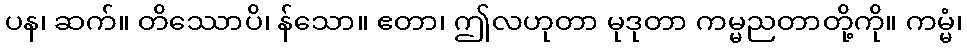
ပန၊ ဆက်။ တိဿောပိ၊ န်သော။ ဧတာ၊ ဤလဟုတာ မုဒုတာ ကမ္မညတာတို့ကို။ ကမ္မံ၊